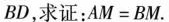
B D$$，求证：$$A M = B M$$。